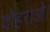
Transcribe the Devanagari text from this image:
दोहराओ।